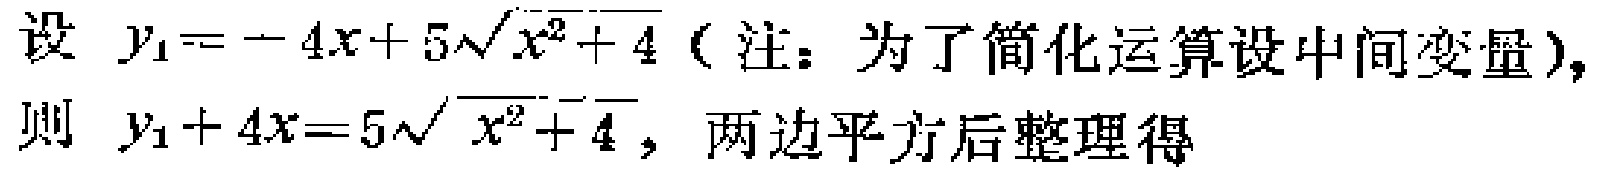
设 \(y_{1}=-4x + 5\sqrt{x^{2}+4}\)（注：为了简化运算设中间变量），
则 \(y_{1}+4x = 5\sqrt{x^{2}+4}\)，两边平方后整理得